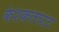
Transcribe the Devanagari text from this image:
केशकलघाट